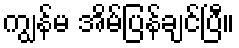
ကျွန်မ အိမ်ပြန်ချင်ပြီ။